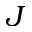
J